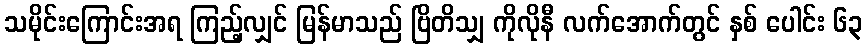
သမိုင်းကြောင်းအရ ကြည့်လျှင် မြန်မာသည် ဗြိတိသျှ ကိုလိုနီ လက်အောက်တွင် နှစ် ပေါင်း ၆၃